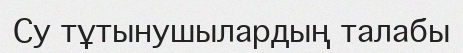
Су тұтынушылардың талабы